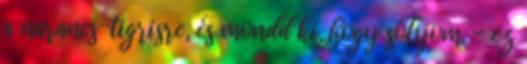
a narancs-tigrisre, és mondd ki, hogy sólyom. - ez